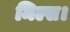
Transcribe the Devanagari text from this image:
मिल्स।